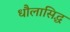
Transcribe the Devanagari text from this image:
धौलासिद्ध